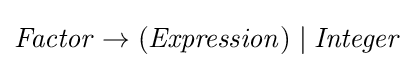
{\mathit {Factor}}\rightarrow ({\mathit {Expression}})\mid {\mathit {Integer}}